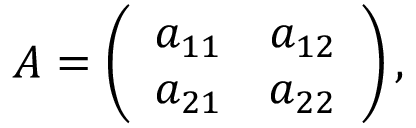
\begin{array} { r } { A = \left( \begin{array} { c c } { a _ { 1 1 } } & { a _ { 1 2 } } \\ { a _ { 2 1 } } & { a _ { 2 2 } } \end{array} \right) , } \end{array}